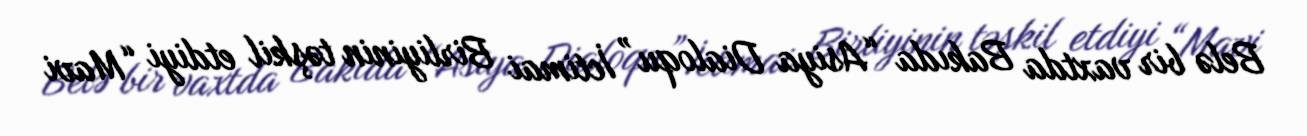
Belə bir vaxtda Bakıda “Asiya Dialoqu” İctimai Birliyinin təşkil etdiyi “Mavi